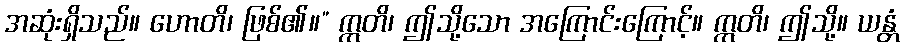
အဆုံးရှိသည်။ ဟောတိ၊ ဖြစ်၏။” ဣတိ၊ ဤသို့သော အကြောင်းကြောင့်။ ဣတိ၊ ဤသို့။ ယန္တံ